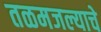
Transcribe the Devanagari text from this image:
तळमजल्याचे